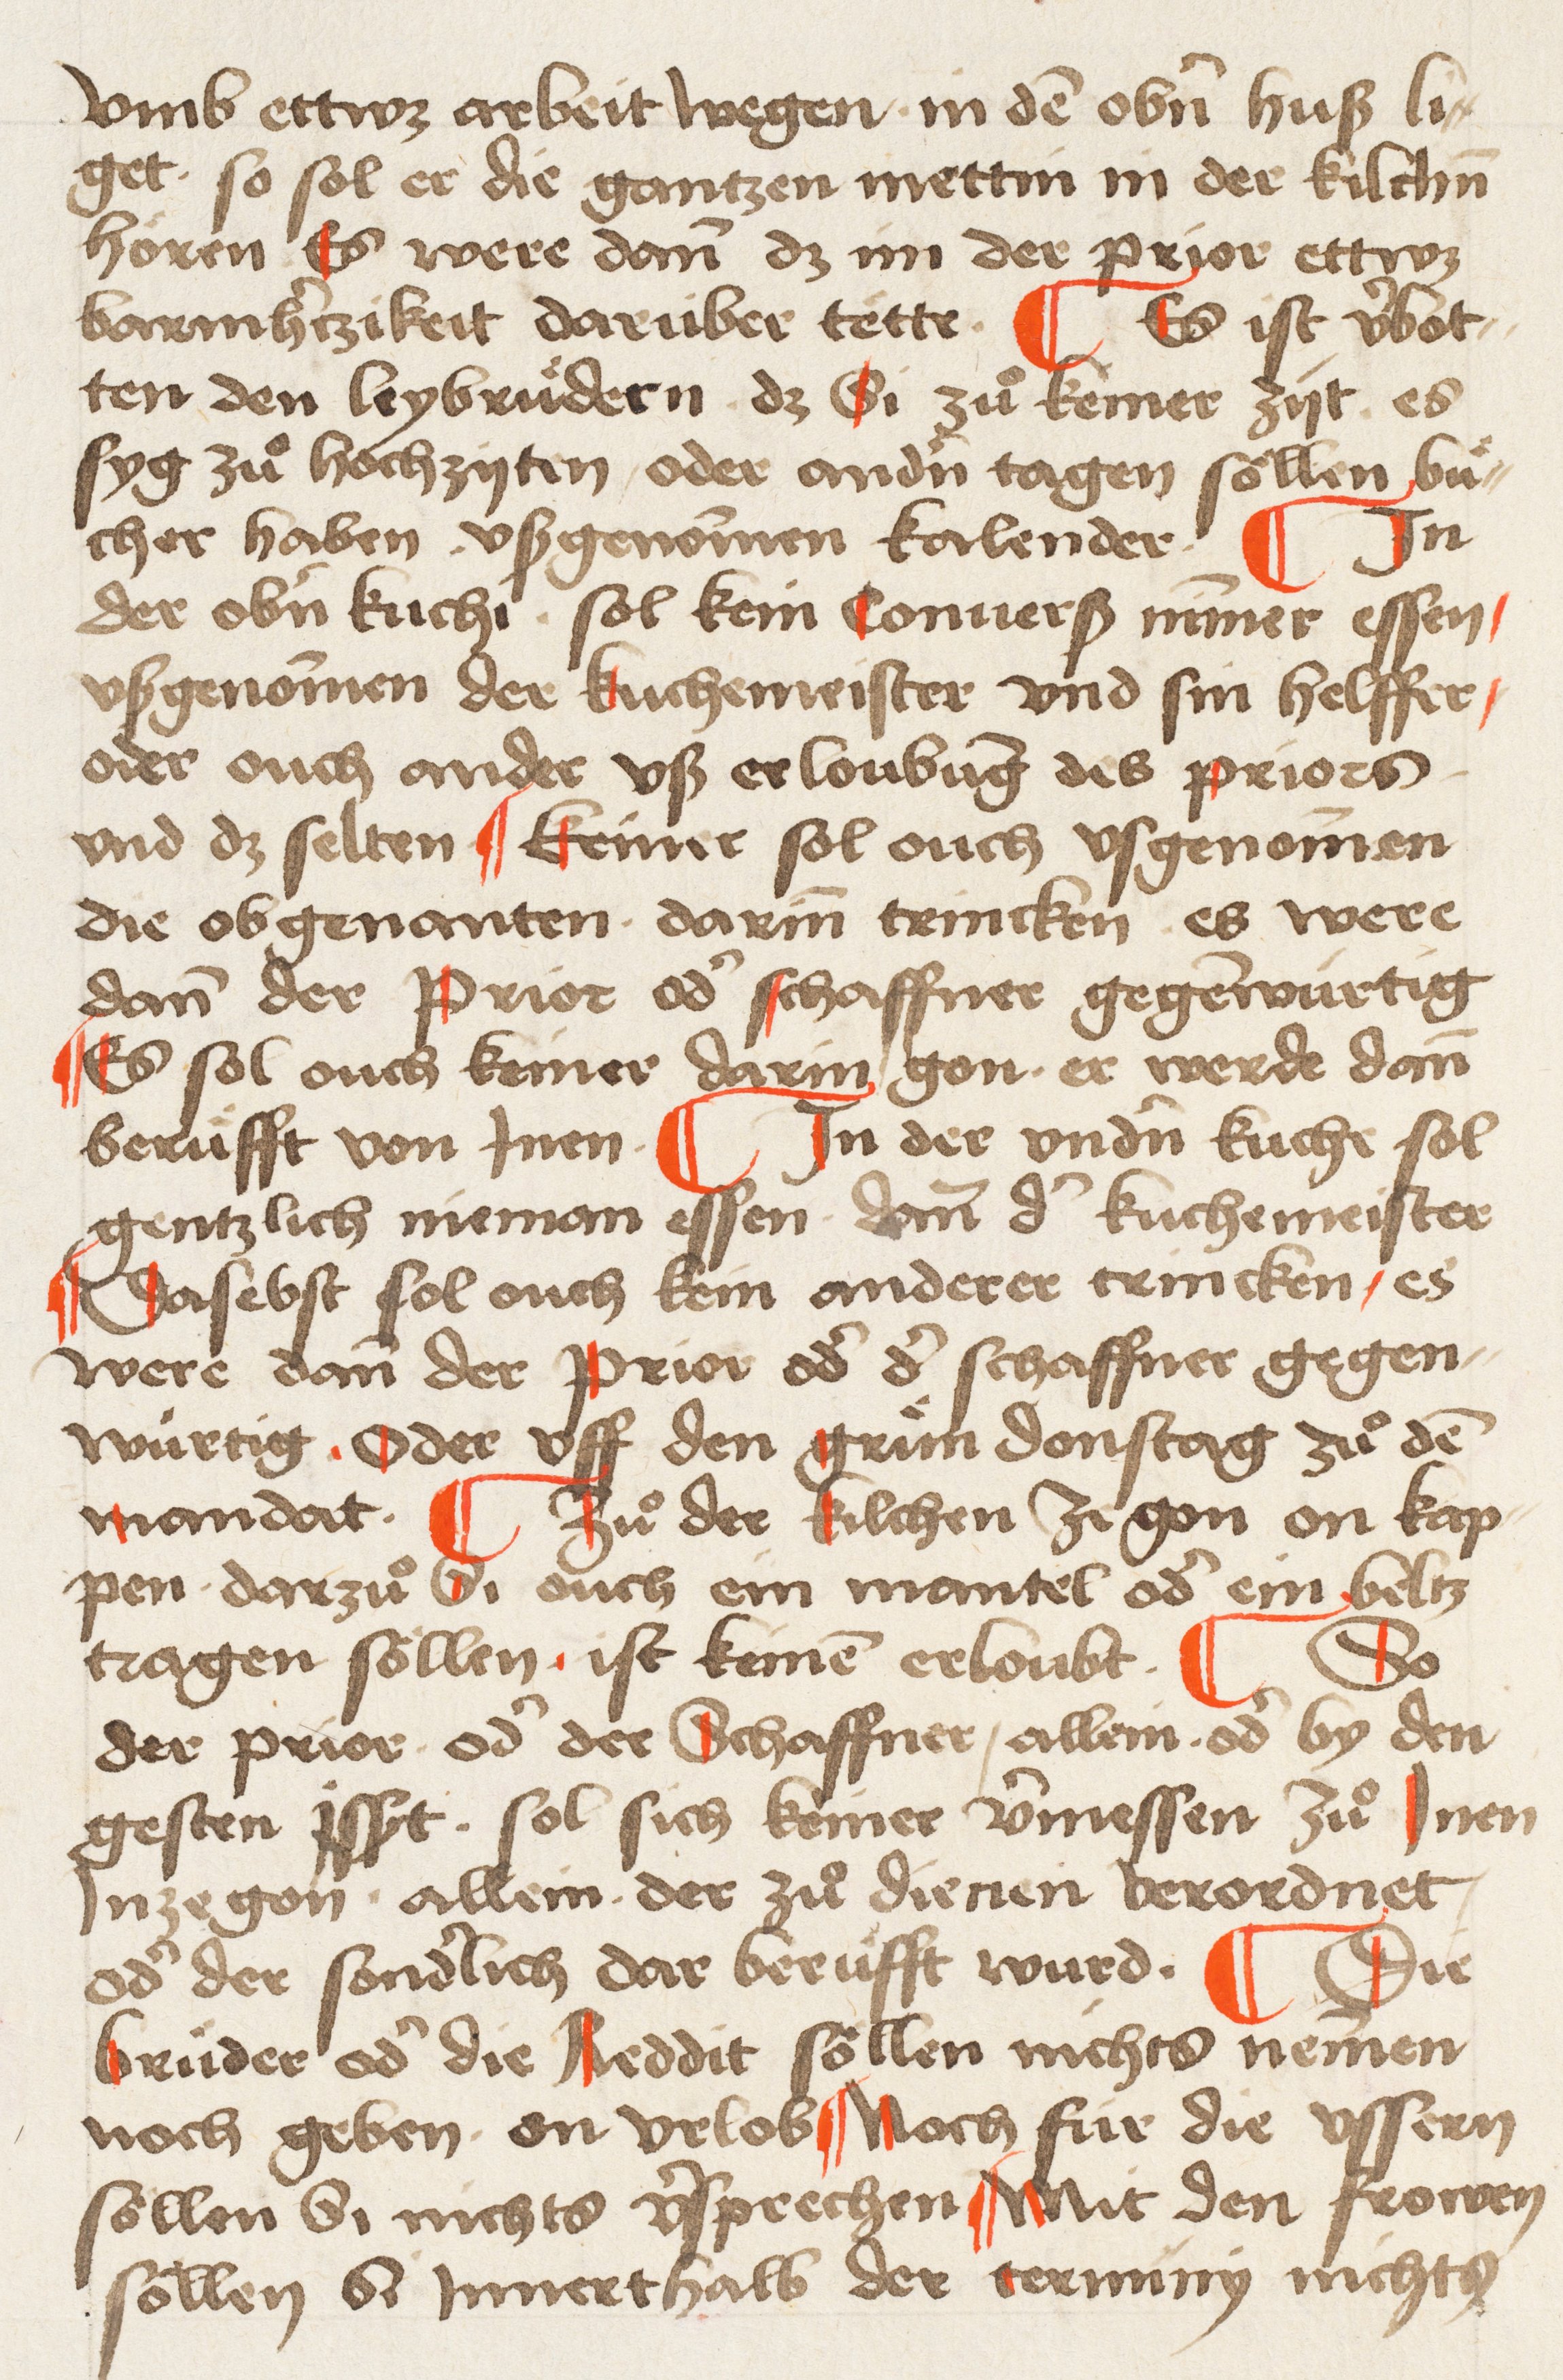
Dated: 1495–1514